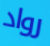
رواد